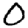
Digit: 0